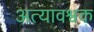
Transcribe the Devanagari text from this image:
अत्यावश्वक